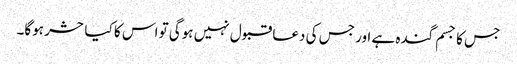
جس کا جسم گندہ ہے اور جس کی دعا قبول نہیں ہوگی تو اس کا کیا حشر ہوگا۔